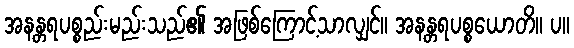
အနန္တရပစ္စည်းမည်းသည်၏ အဖြစ်ကြောင့်သာလျှင်။ အနန္တရပစ္စယောတိ။ ပ။